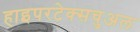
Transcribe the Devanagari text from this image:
हाइपरटेक्सचुअल